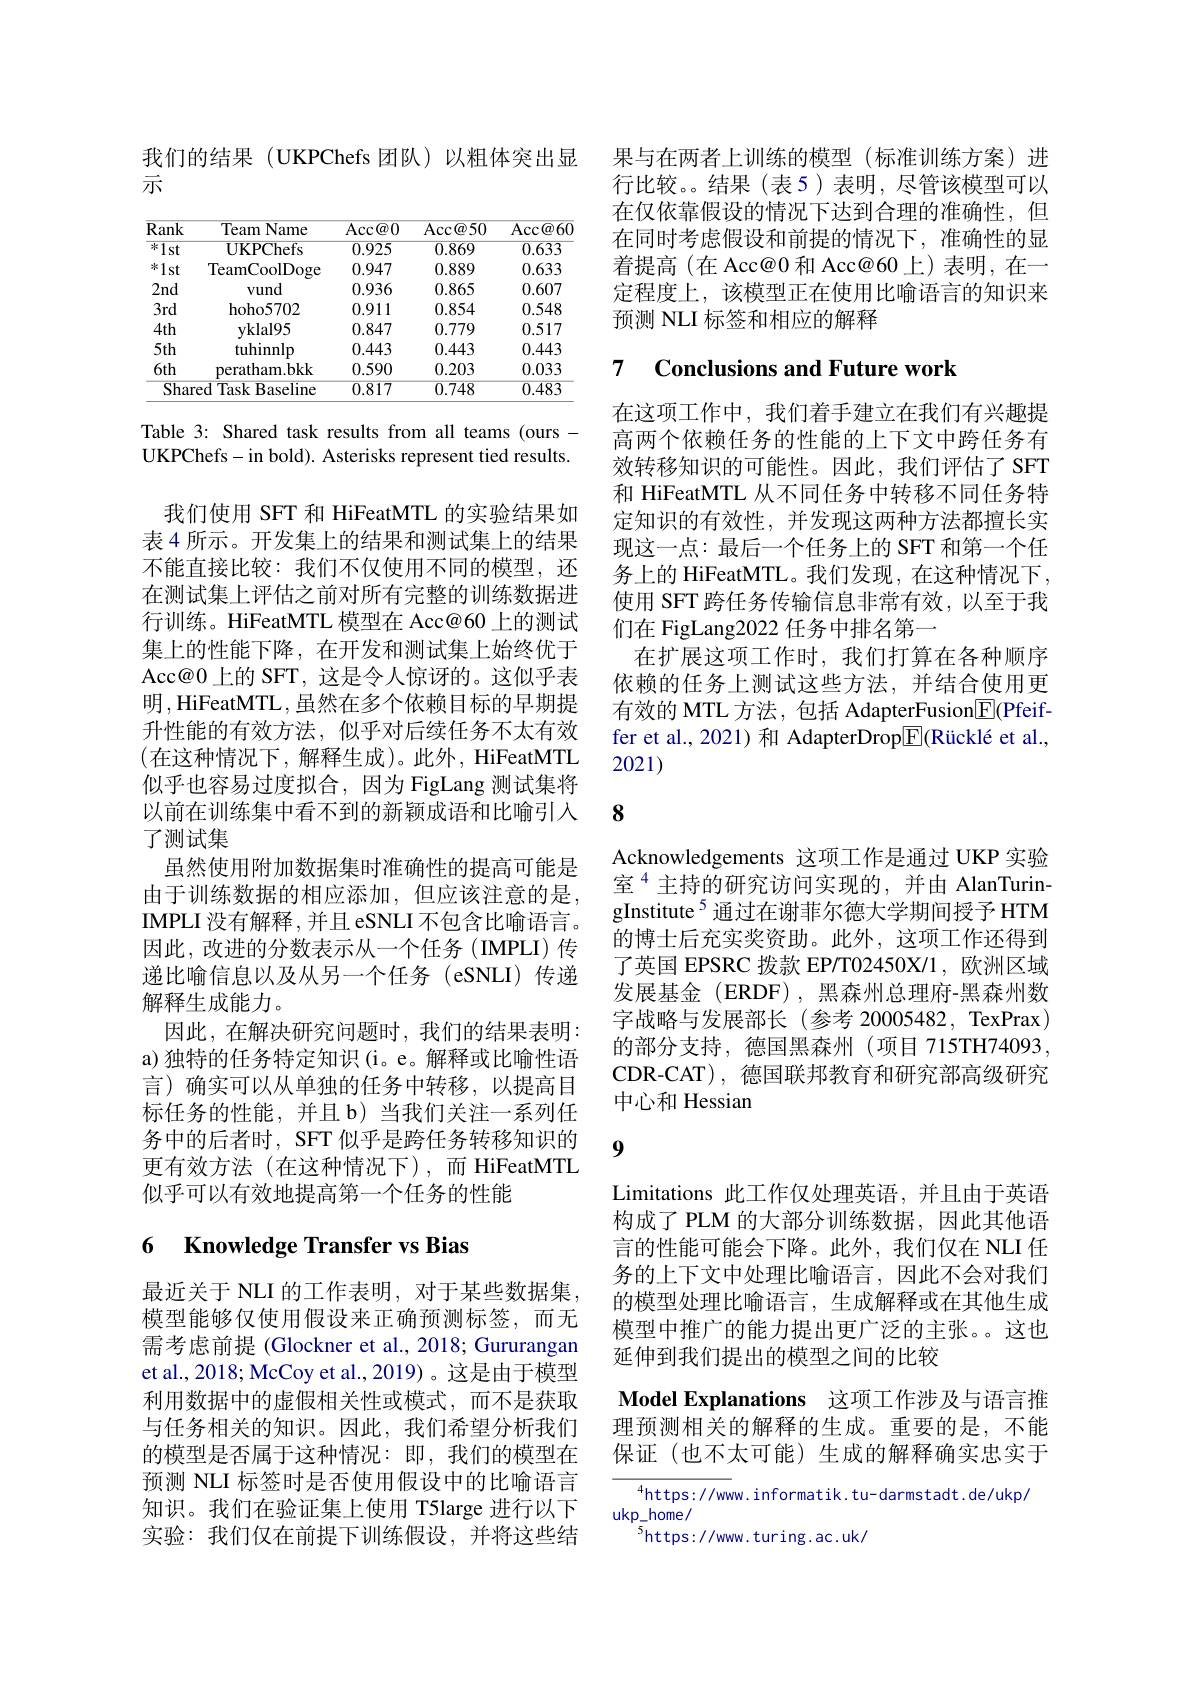
我们的结果(UKPChefs团队)以粗体突出显
示

<table>
	<tbody>
		<tr>
			<th>Rank</th>
			<th>Team I Name</th>
			<th>$\operatorname{Acc}\textcircled{a}0$</th>
			<th>$\operatorname{Acc@50}$</th>
			<th>$\operatorname{Acc}\textcircled{a}60$</th>
		</tr>
		<tr>
			<td>$\overline{\text{ 冰 }1\mathrm{st}}$</td>
			<td>$0KPChefs$</td>
			<td>0.925</td>
			<td>0.869</td>
			<td>$\overline{0.633}$</td>
		</tr>
		<tr>
			<td>冰1st</td>
			<td>TeamCoolDoge</td>
			<td>0.947</td>
			<td>0.889</td>
			<td>0.633</td>
		</tr>
		<tr>
			<td>2nd</td>
			<td>vund</td>
			<td>0.936</td>
			<td>0.865</td>
			<td>0.607</td>
		</tr>
		<tr>
			<td>$3rd$</td>
			<td>hoho5702</td>
			<td>0.911</td>
			<td>0.854</td>
			<td>0.548</td>
		</tr>
		<tr>
			<td>$4th$</td>
			<td>$\mathbf{v}$klal95</td>
			<td>0.847</td>
			<td>0.779</td>
			<td>0.517</td>
		</tr>
		<tr>
			<td>$5th$</td>
			<td>tuhinnlp</td>
			<td>0.443</td>
			<td>0.443</td>
			<td>0.443</td>
		</tr>
		<tr>
			<td>$6th$</td>
			<td>peratham.bkk</td>
			<td>0.590</td>
			<td>0.203</td>
			<td>0.033</td>
		</tr>
		<tr>
			<td>$\overline{\text{Sharc}}$</td>
			<td>ed ${\mathrm{d~Task~Baseline}}$</td>
			<td>0.817</td>
			<td>0.748</td>
			<td>0.483</td>
		</tr>
	</tbody>
</table>

Table 3: Shared task results from all teams (oursUKPChefs-in bold). Asterisks represent tied results.

我们使用 SFT 和 HiFeatMTL 的实验结果如表 4 所示。开发集上的结果和测试集上的结果不能直接比较：我们不仅使用不同的模型，还在测试集上评估之前对所有完整的训练数据进行训练。HiFeatMTL 模型在 Acc@60 上的测试集上的性能下降，在开发和测试集上始终优于Acc@ 0 上 的 SFT, 这 是 令 人 惊 讶 的 。这 似 乎 表 明 ,HiFeatMTL,虽然在多个依赖目标的早期提升性能的有效方法，似乎对后续任务不太有效(在这种情况下，解释生成)。此外，HiFeatMTL 似乎也容易过度拟合，因为 FigLang 测试集将以前在训练集中看不到的新颖成语和比喻引入了测试集
虽然使用附加数据集时准确性的提高可能是由于训练数据的相应添加，但应该注意的是IMPLI 没有解释，并且 eSNLI 不包含比喻语言。因此，改进的分数表示从一个任务(IMPLI)传递比喻信息以及从另一个任务 (eSNLI) 传递解释生成能力。
因此，在解决研究问题时，我们的结果表明： a)独特的任务特定知识(i。e。解释或比喻性语言)确实可以从单独的任务中转移，以提高目标任务的性能，并且 b)当我们关注一系列任务中的后者时，SFT 似乎是跨任务转移知识的更有效方法(在这种情况下),而 HiFeatMTL 似乎可以有效地提高第一个任务的性能

## 6 Knowledge Transfer vs Bias

最近关于 NLI 的工作表明，对于某些数据集模型能够仅使用假设来正确预测标签，而无需考虑前提 (Glockner et al., 2018; Gururangan et al., 2018; McCoy et al., 2019) 。这是由于模型利用数据中的虚假相关性或模式，而不是获取与任务相关的知识。因此，我们希望分析我们的模型是否属于这种情况：即，我们的模型在预测 NLI 标签时是否使用假设中的比喻语言知识。我们在验证集上使用 T5large 进行以下实验：我们仅在前提下训练假设，并将这些结

果与在两者上训练的模型(标准训练方案)进行比较。。结果(表5)表明，尽管该模型可以在仅依靠假设的情况下达到合理的准确性，但在同时考虑假设和前提的情况下，准确性的显着提高(在 Acc@0 和 Acc@60 上)表明，在一定程度上，该模型正在使用比喻语言的知识来预测 NLI 标签和相应的解释

### 7 $\textbf{Conclusions and Future work}$

在这项工作中，我们着手建立在我们有兴趣提高两个依赖任务的性能的上下文中跨任务有效转移知识的可能性。因此，我们评估了 SFT 和 HiFeatMTL 从不同任务中转移不同任务特定知识的有效性，并发现这两种方法都擅长实现这一点：最后一个任务上的 SFT 和第一个任务上的 HiFeatMTL。我们发现，在这种情况下， 使用 SFT 跨任务传输信息非常有效，以至于我们在 FigLang2022 任务中排名第一
在扩展这项工作时，我们打算在各种顺序依赖的任务上测试这些方法，并结合使用更有效的 MTL 方法，包括 AdapterFusion$\boxed{\mathrm{F}}($Pfeiffer et al., 2021) 和 AdapterDrop$\boxed{\mathrm{F}}($Rücklé et al., 2021)

8

Acknowledgements 这项工作是通过 UKP 实验室$^{4}$主持的研究访问实现的，并由 AlanTurin- $\mathrm{gInstitute}^{5}$通过在谢菲尔德大学期间授予 HTM 的博士后充实奖资助。此外，这项工作还得到了英国 EPSRC 拨款 EP/T02450X/1, 欧洲区域发展基金(ERDF),黑森州总理府-黑森州数字战略与发展部长(参考 20005482, TexPrax) 的部分支持，德国黑森州(项目 715TH74093 CDR-CAT), 德国联邦教育和研究部高级研究中心和 Hessian

9

Limitations 此工作仅处理英语，并且由于英语构成了 PLM 的大部分训练数据，因此其他语言的性能可能会下降。此外，我们仅在 NLI 任务的上下文中处理比喻语言，因此不会对我们的模型处理比喻语言，生成解释或在其他生成模型中推广的能力提出更广泛的主张。这也延伸到我们提出的模型之间的比较

Model Explanations 这项工作涉及与语言推理预测相关的解释的生成。重要的是，不能保证(也不太可能)生成的解释确实忠实于

$^{4}$https://www.informatik.tu-darmstadt.de/ukp/
ukp\_home/
$^{5}$https://www.turing.ac.uk/